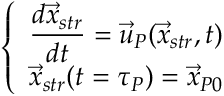
\left\{ \begin{array} { l l } { \displaystyle { \frac { d { \vec { x } } _ { s t r } } { d t } } = { \vec { u } } _ { P } ( { \vec { x } } _ { s t r } , t ) } \\ { { \vec { x } } _ { s t r } ( t = \tau _ { P } ) = { \vec { x } } _ { P 0 } } \end{array} \right.